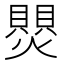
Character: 𬋑